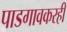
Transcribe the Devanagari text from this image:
पाडगावकरही